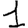
Digit: 1